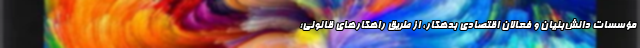
مؤسسات دانش‌بنیان و فعالان اقتصادی بدهکار، از طریق راهکارهای قانونی؛